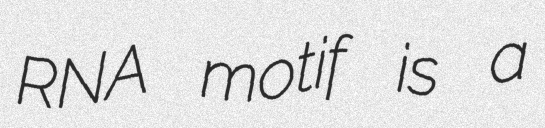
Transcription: RNA motif is a